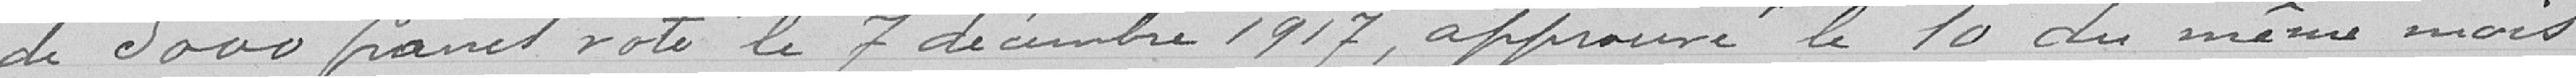
de 500 francs coté le 7 décembre 1917, approuvé le 10 du même mois